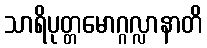
သာရိပုတ္တမောဂ္ဂလ္လာနာတိ